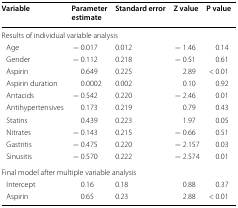
| Variable | Parameter estimate | Standard error | Z value | P value |
 | --- | --- | --- | --- | --- |
 | <COLSPAN=5> Results of individual variable analysis |
 | Age | − 0.017 | 0.012 | − 1.46 | 0.14 |
 | Gender | − 0.112 | 0.218 | − 0.51 | 0.61 |
 | Aspirin | 0.649 | 0.225 | 2.89 | < 0.01 |
 | Aspirin duration | 0.0002 | 0.002 | 0.10 | 0.92 |
 | Antacids | − 0.542 | 0.220 | − 2.46 | 0.01 |
 | Antihypertensives | 0.173 | 0.219 | 0.79 | 0.43 |
 | Statins | 0.439 | 0.223 | 1.97 | 0.05 |
 | Nitrates | − 0.143 | 0.215 | − 0.66 | 0.51 |
 | Gastritis | − 0.475 | 0.220 | − 2.157 | 0.03 |
 | Sinusitis | − 0.570 | 0.222 | − 2.574 | 0.01 |
 | <COLSPAN=5> Final model after multiple variable analysis |
 | Intercept | 0.16 | 0.18 | 0.88 | 0.37 |
 | Aspirin | 0.65 | 0.23 | 2.88 | < 0.01 |